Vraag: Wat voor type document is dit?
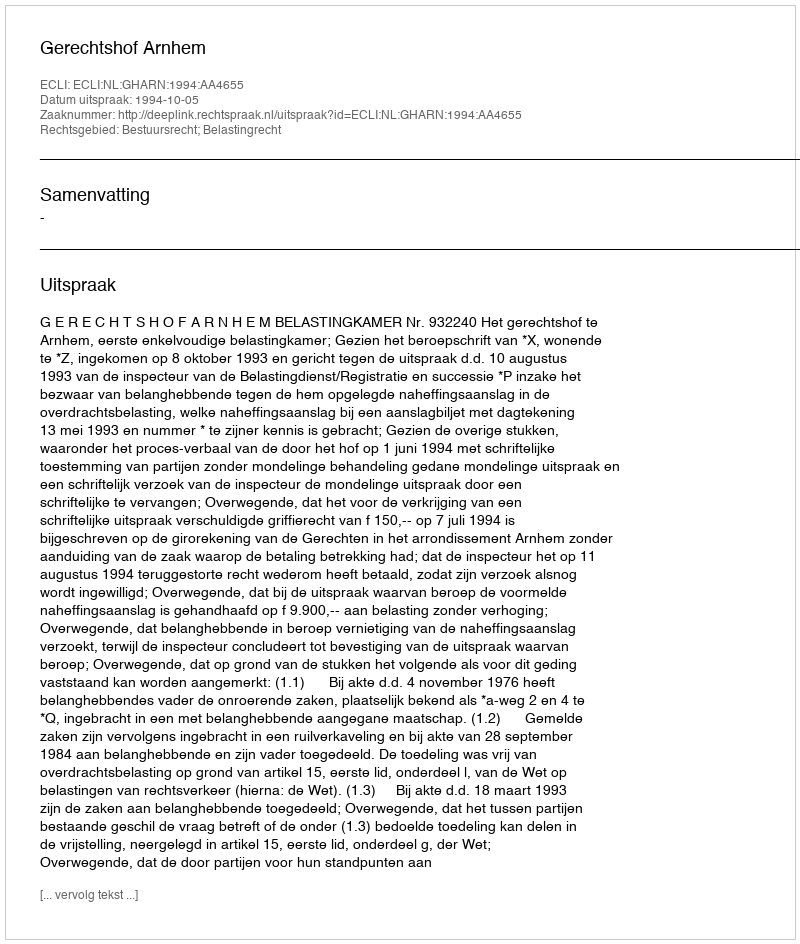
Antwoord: Uitspraak